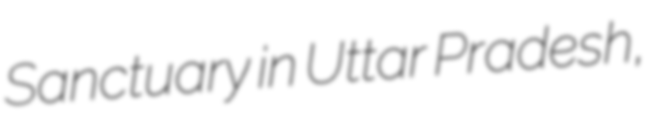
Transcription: Sanctuary in Uttar Pradesh,